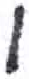
אות: ו